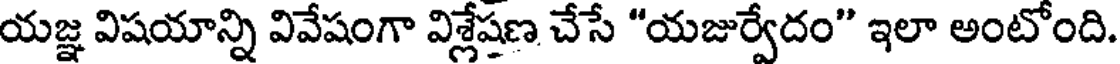
యజ్ఞ విషయాన్ని వివేషంగా విశ్లేషణ చేసే "యజుర్వేదం" ఇలా అంటోంది.